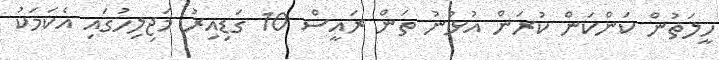
ހީލަތުން ކަންކަން ކުރަން އުޅުނު ތަން ރައީސް 10 ގަޑިއިރު މަޖިލިހުގައި އެކަމަކު